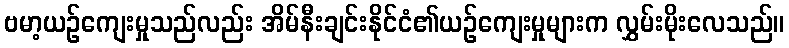
ဗမာ့ယဉ်ကျေးမှုသည်လည်း အိမ်နီးချင်းနိုင်ငံ၏ယဉ်ကျေးမှုများက လွှမ်းမိုးလေသည်။